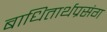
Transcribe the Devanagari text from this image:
बाधितार्थप्रसंग